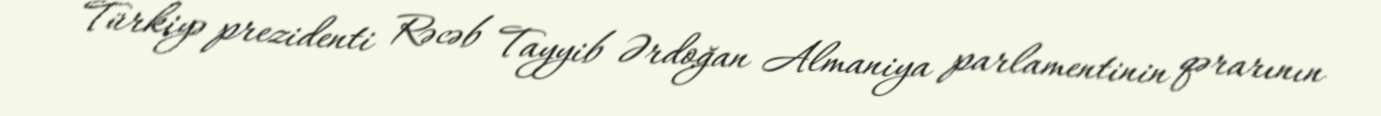
Türkiyə prezidenti Rəcəb Tayyib Ərdoğan Almaniya parlamentinin qərarının